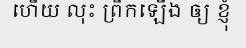
ហើយ លុះ ព្រឹកឡើង ឲ្យ ខ្ញុំ